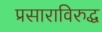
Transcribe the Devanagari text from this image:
प्रसाराविरुद्ध